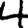
Digit: 4